Indian Civil Veterinary Department memoirs
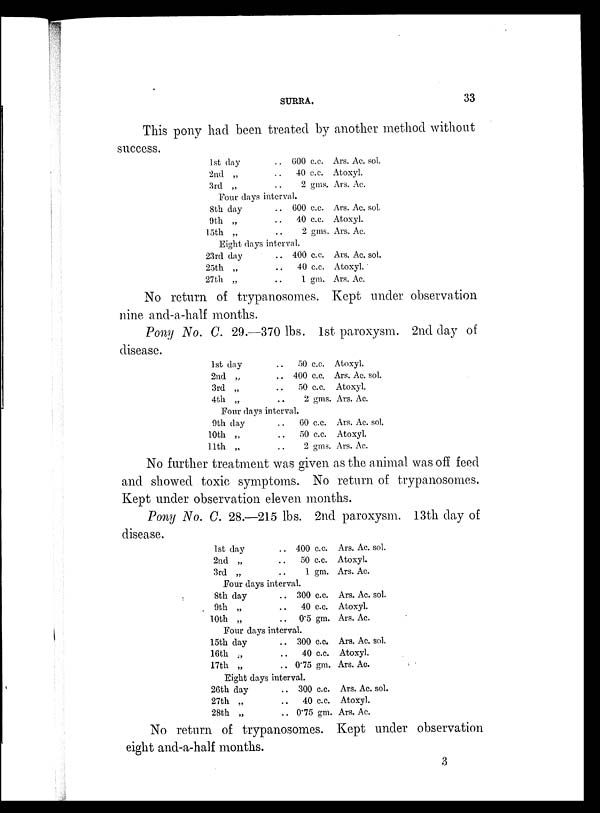
SURRA.
33
This pony had been treated by another method without
success.
1st day
2nd „
3rd „
. . 600 c.c.
. . 40 c.c.
. . 2 gms.
Four days interval.
8th day
9th „
15th „
. . 600 c.c.
. . 40 c.c.
. . 2 gms.
Eight days interval.
23rd day
25th „
27th „
. . 400 c.c.
. .
40 c.c.
. . 1 gm.
Ars. Ac. sol.
Atoxyl.
Ars. Ac.
Ars. Ac. sol.
Atoxyl.
Ars. Ac.
Ars. Ac. sol.
Atoxyl.
Ars. Ac.
No return of trypanosomes. Kept under observation
nine and-a-half months.
Pony No. C. 29.—370 lbs. 1st paroxysm. 2nd day of
disease.
1st day
2nd „
3rd „
4th „
. . 50 c.c.
. . 400 c.c.
. . 50 c.c.
. . 2 gms.
Four days interval.
9th day
10th „
11th . .
. .
60 c.c.
. .
50 c.c.
. . 2 gms.
Atoxyl.
Ars. Ac. sol.
Atoxyl.
Ars. Ac.
Ars. Ac. sol.
Atoxyl.
Ars. Ac.
No further treatment was given as the animal was off feed
and showed toxic symptoms. No return of trypanosomes.
Kept under observation eleven months.
Pony No. C. 28.—215 lbs. 2nd paroxysm. 13th day of
disease.
1st day
2nd „
3rd „
. . 400 c.c.
. . 50 c.c.
. . 1 gm.
Four days interval.
8th day
9th „
10th „
. . 300 c.c.
. . 40 c.c.
. . 0.5 gm.
Four days interval.
15th day
16th „
17th „
. . 300 c.c.
. . 40 c.c.
. . 0.75 gm.
Eight days interval.
26th day
27th „
28th „
. . 300 c.c.
. . 40 c.c.
. . 0.75 gm.
Ars. Ac. sol.
Atoxyl.
Ars. Ac.
Ars. Ac. sol.
Atoxyl.
Ars. Ac.
Ars. Ac. sol.
Atoxyl.
Ars. Ac.
Ars. Ac. sol.
Atoxyl.
Ars. Ac.
No return of trypanosomes. Kept under observation
eight and-a-half months.
3